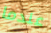
عندما